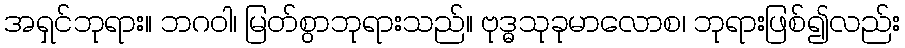
အရှင်ဘုရား။ ဘဂဝါ၊ မြတ်စွာဘုရားသည်။ ဗုဒ္ဓသုခုမာလောစ၊ ဘုရားဖြစ်၍လည်း